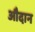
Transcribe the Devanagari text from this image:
औदान